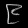
Digit: ၉